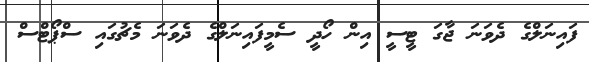
ފައިނަލްގެ ދެވަނަ ޖާގަ ޓީސީ އިން ހޯދީ ސެމީފައިނަލްގެ ދެވަނަ މެޗުގައި ސްޕޯޓްސް